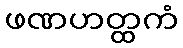
ဖဏဟတ္ထကံ